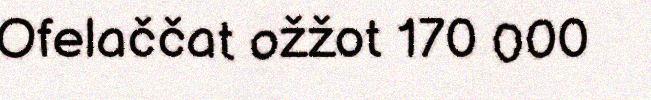
Ofelaččat ožžot 170 000